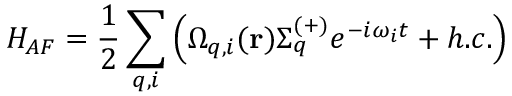
H _ { A F } = \frac { 1 } { 2 } \sum _ { q , i } \left( \Omega _ { q , i } ( \mathbf { r } ) \Sigma _ { q } ^ { ( + ) } e ^ { - i \omega _ { i } t } + h . c . \right)